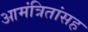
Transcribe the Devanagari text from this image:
आमंत्रितांसह